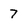
Character: 7